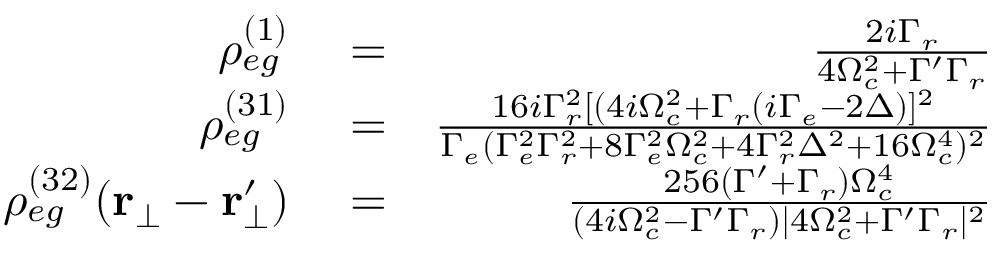
\begin{array} { r l r } { \rho _ { e g } ^ { ( 1 ) } } & { { } = } & { \frac { 2 i \Gamma _ { r } } { 4 \Omega _ { c } ^ { 2 } + \Gamma ^ { \prime } \Gamma _ { r } } } \\ { \rho _ { e g } ^ { ( 3 1 ) } } & { { } = } & { \frac { 1 6 i \Gamma _ { r } ^ { 2 } [ ( 4 i \Omega _ { c } ^ { 2 } + \Gamma _ { r } ( i \Gamma _ { e } - 2 \Delta ) ] ^ { 2 } } { \Gamma _ { e } ( \Gamma _ { e } ^ { 2 } \Gamma _ { r } ^ { 2 } + 8 \Gamma _ { e } ^ { 2 } \Omega _ { c } ^ { 2 } + 4 \Gamma _ { r } ^ { 2 } \Delta ^ { 2 } + 1 6 \Omega _ { c } ^ { 4 } ) ^ { 2 } } } \\ { \rho _ { e g } ^ { ( 3 2 ) } ( \mathbf { r _ { \bot } } - \mathbf { r _ { \bot } ^ { \prime } } ) } & { { } = } & { \frac { 2 5 6 ( \Gamma ^ { \prime } + \Gamma _ { r } ) \Omega _ { c } ^ { 4 } } { ( 4 i \Omega _ { c } ^ { 2 } - \Gamma ^ { \prime } \Gamma _ { r } ) | 4 \Omega _ { c } ^ { 2 } + \Gamma ^ { \prime } \Gamma _ { r } | ^ { 2 } } } \end{array}